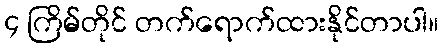
၄ ကြိမ်တိုင် တက်ရောက်ထားနိုင်တာပါ။